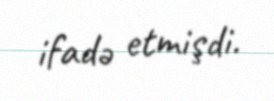
ifadə etmişdi.